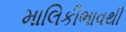
માલિકીભાવથી